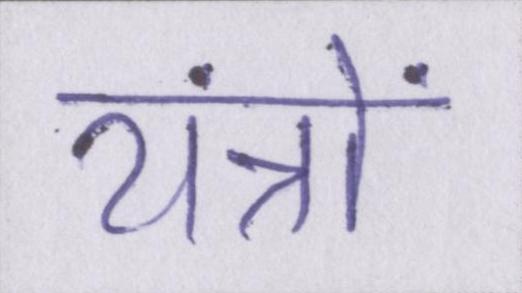
यंत्रों